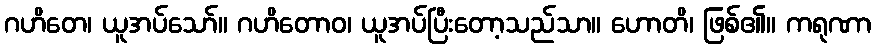
ဂဟိတေ၊ ယူအပ်သော်။ ဂဟိတောဝ၊ ယူအပ်ပြီးတော့သည်သာ။ ဟောတိ၊ ဖြစ်၏။ ကရုဏာ